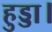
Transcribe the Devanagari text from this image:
हुड्डा।